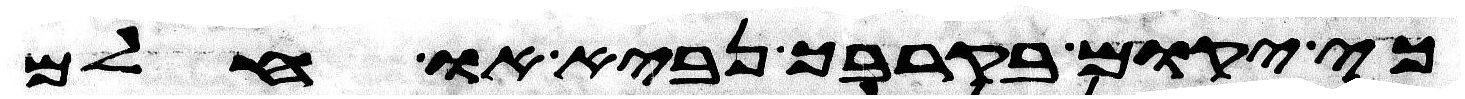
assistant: כי יקום בקרבך נביא או חלם